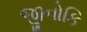
જીનોકિ